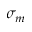
\sigma _ { m }